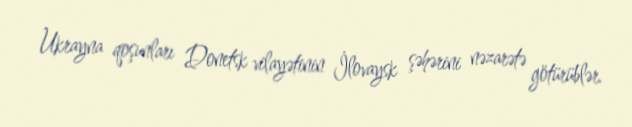
Ukrayna qoşunları Donetsk vilayətinin İlovaysk şəhərini nəzarətə götürüblər.